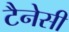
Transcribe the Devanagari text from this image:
टैनेसी